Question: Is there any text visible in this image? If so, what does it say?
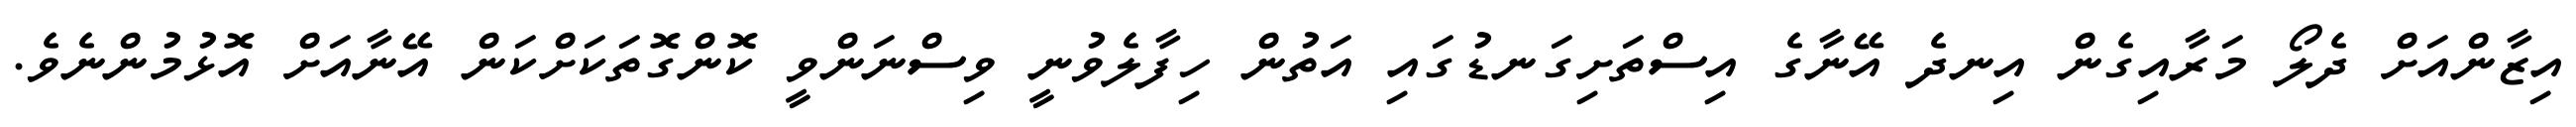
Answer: އިޒާންއަށް ދެލޯ މަރާއިގެން އިނދެ އޭނާގެ އިސްތަށިގަނޑުގައި އަތުން ހިފާލެވުނީ ވިސްނަންވީ ކޮންގޮތަކަށްކަން އޭނާއަށް އޮޅުމުންނެވެ.